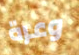
وعرة